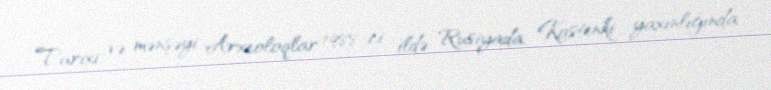
Tarixi və mənşəyi Arxeoloqlar 1988-ci ildə Rusiyada, Kostenki yaxınlığında